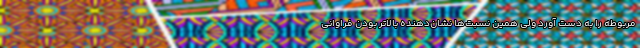
مربوطه را به‌ دست آورد ولی همین نسبت‌ها نشان‌دهنده بالاتر بودن فراوانی